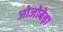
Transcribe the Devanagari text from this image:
जोजोबेड़ा